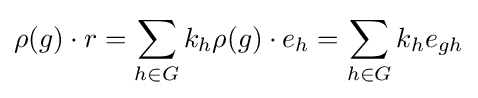
\rho (g)\cdot r=\sum _{h\in G}k_{h}\rho (g)\cdot e_{h}=\sum _{h\in G}k_{h}e_{gh}